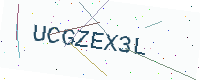
Text: UCGZEX3L